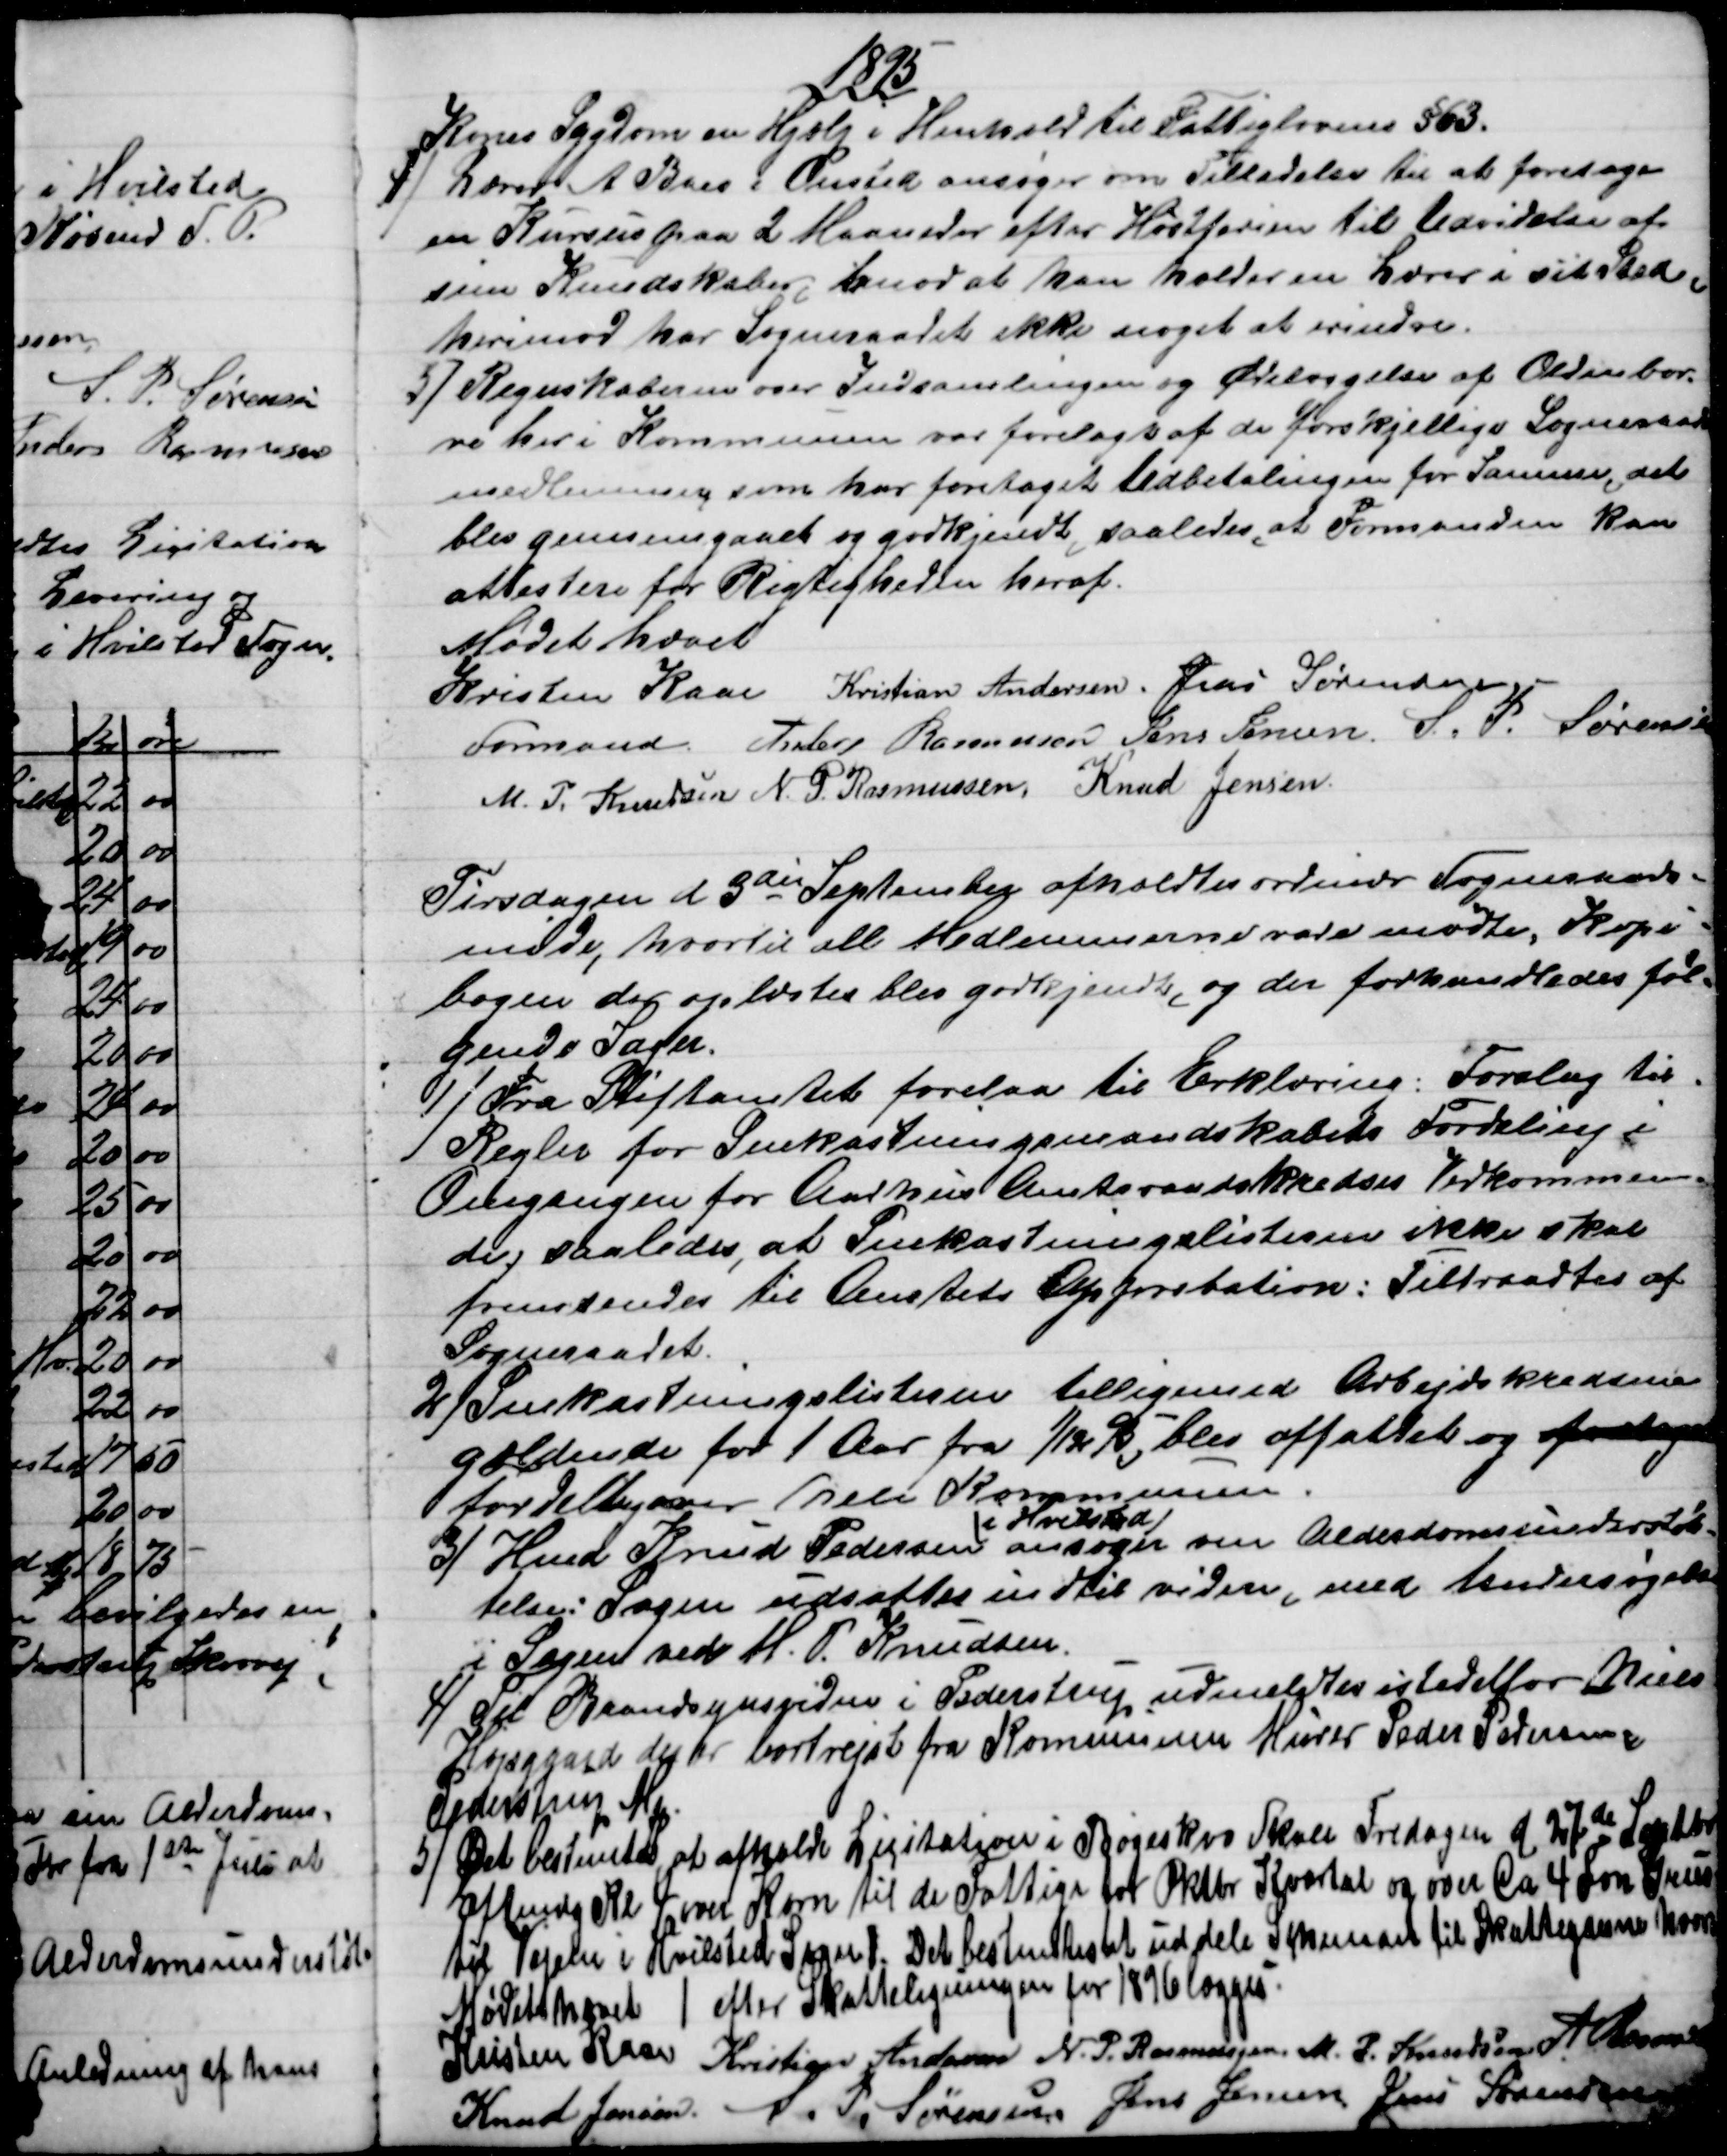
Transskription:
1895
Kones Sygdom en Hjælp i Henhold til Fattiglovens §63.
4) 
Lærer A. Boes i Onsted ansøger om Tilladelse til at foretage
en Kursus paa 2 Maaneder efter Høstferien til Udvidelse af
sine Kundskaber, imod at han holder en Lærer i sit sted,
herimod har Sogneraadet ikke noget at erindre.
5) 
Regnskaberne over Indsamlingen og Ødelæggelse af Oldenbor-
re her i Kommunen var forelagt af de forskjellige Sogneraads
medlemmer som har foretaget Udbetalingen for Samme, det
blev gennemgaaet og godkjendt, saaledes, at Formanden kan
attestere for Rigtigheden heraf.
Mødet hævet
Kristen Kaae 
Formand.
Kristian Andersen. Jens Sørensen
Anders Rasmussen Jens Jensen S. P. Sørensen
M. P. Knudsen N. P. Rasmussen, Knud Jensen
Tirsdagen d 3die September afholdtes ordinær Sogneraads-
møde, hvortil alle Medlemmerne vare mødte. Kopi-
bogen der oplæstes blev godkjendt, og der forhandledes føl-
gende Sager.
1)
 Fra Stiftamtet forelaa til Erklæring: Forslag til
Regler for Snekastningsmandskabets Fordeling i
Omgangen for Aarhus Amtsraadskredses Vedkommen-
de, saaledes, at Snekastningslisterne ikke skal
fremsendes til Amtets Approbation: Tiltraadtes af
Sogneraadet.
2) Snekastningslisterne tilligemed Arbejdskredsene
gældende for 1 Aar fra 1/12 95, blev affattet og foretaget
fordelt over hele Kommunen.
3) 
Hmd Knud Pedersen 
i Hvilsted
ansøger om Alderdomsunderstøt-
telse: Sagen udsattes indtil videre, med Undersøgelse
i Sagen ved M. P. Knudsen.
4) 
Til Brandsynsvidne i Pederstrup udmeldtes istedetfor Niels
Højsgård der er bortrejst fra Kommunen Murer Peder Pedersen
Pederstrup MK
5) 
Det bestemtes at afholde Licitation i Bøgeskov Skole Fredagen d 27de Septbr
Eftmdg Kl 4 over Korn til de Fattige for Oktbr Kvartal og over Ca 4 Fvn Grus
til Vejene i Hvilsted Sogn/. Det bestemtes at  uddele Skemaet til Skatteyderne koor
/ efter Skatteligningen for 1896 lægges.
Mødet hævet
Kristen Kaae Kristian Andersen N. P. Rasmussen. M. J. Knudsen A. Rasmussen
Knud Jensen.  S. P. Sørensen Jens Jensen Jens Sørensen